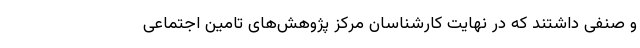
و صنفی داشتند که در نهایت کارشناسان مرکز پژوهش‌های تامین اجتماعی